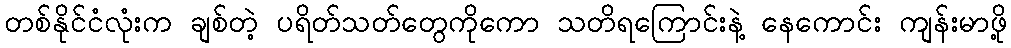
တစ်နိုင်ငံလုံးက ချစ်တဲ့ ပရိတ်သတ်တွေကိုကော သတိရကြောင်းနဲ့ နေကောင်း ကျန်းမာဖို့